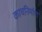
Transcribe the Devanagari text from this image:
काचनिर्माण